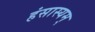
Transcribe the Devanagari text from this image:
हंसास्यम्